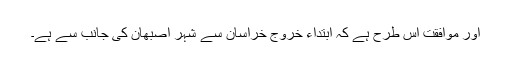
اور موافقت اس طرح ہے کہ ابتداء خروج خراسان سے شہر اصبھان کی جانب سے ہے۔